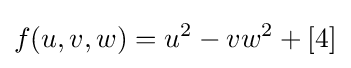
f(u,v,w)=u^{2}-vw^{2}+[4]